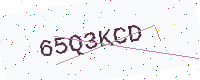
Text: 65Q3KCD